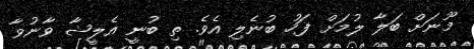
މޫނަށް ބަލާ ލުމަށް ފަހު ބުނެލި އެވެ. ތި ބުނީ އެލީޝާ ވާނުވާ